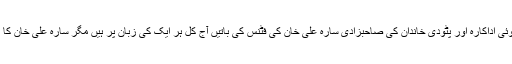
بھارتی فلم انڈسٹری کی نئی اُبھرتی ہوئی اداکارہ اور پٹودی خاندان کی صاحبزادی سارہ علی خان کی فٹنس کی باتیں آج کل ہر ایک کی زبان پر ہیں مگر سارہ علی خان کا کہنا ہے کہ یہ سفر اتنا آسان نہیں تھا۔